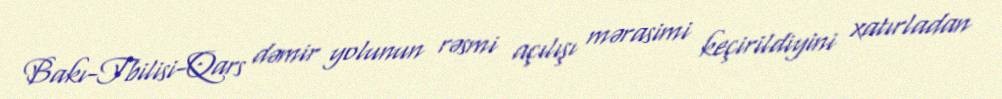
Bakı-Tbilisi-Qars dəmir yolunun rəsmi açılışı mərasimi keçirildiyini xatırladan